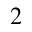
2